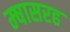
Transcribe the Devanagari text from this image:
म्षासरह